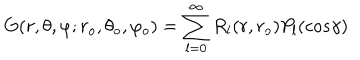
G ( r , \theta , \varphi ; r _ { o } , \theta _ { o } , \varphi _ { o } ) = \sum _ { l = 0 } ^ { \infty } R _ { l } ( r , r _ { o } ) P _ { l } ( c o s \gamma ) \,